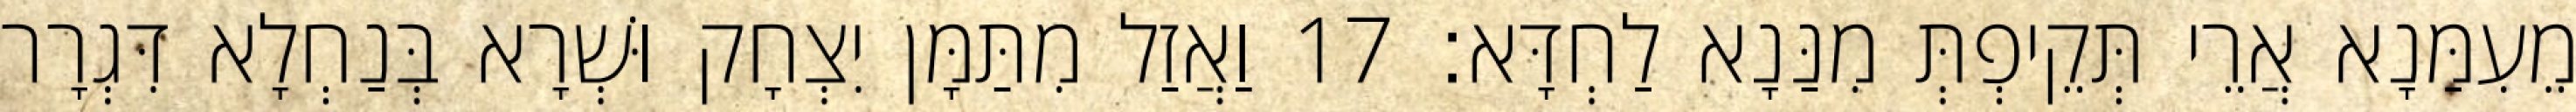
מֵעִמַּנָא אֲרֵי תְּקֵיפְתְּ מִנַּנָא לַחְדָּא׃ 17 וַאֲזַל מִתַּמָּן יִצְחָק וּשְׁרָא בְּנַחְלָא דִּגְרָר